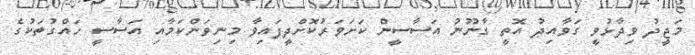
މަޖީދު ވިދާޅުވީ ގަވާއިދު އޮތީ ގާނޫނު އަސާސީން ކަށަވަރުކޮށްދީފައިވާ މިނިވަންކަމާއި އަސާސީ ހައްގުތަކުގެ